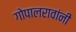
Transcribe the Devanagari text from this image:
गोपालरावांनी